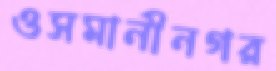
ওসমানীনগর